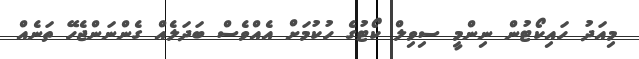
މިއަދު ހައިކޯޓުން ނިންމީ ސިވިލް ކޯޓުގެ ހުކުމަށް އެއްވެސް ބަދަލެއް ގެންނަންޖެހޭ ތަނެއް